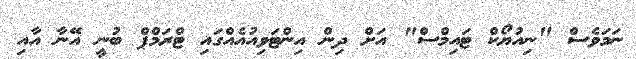
ނަމަވެސް "ނިއުޔޯކް ޓައިމްސް" އަށް ދިން އިންޓަވިއުއެއްގައި ޓްރަމްޕް ބުނީ އޭނާ އާއި